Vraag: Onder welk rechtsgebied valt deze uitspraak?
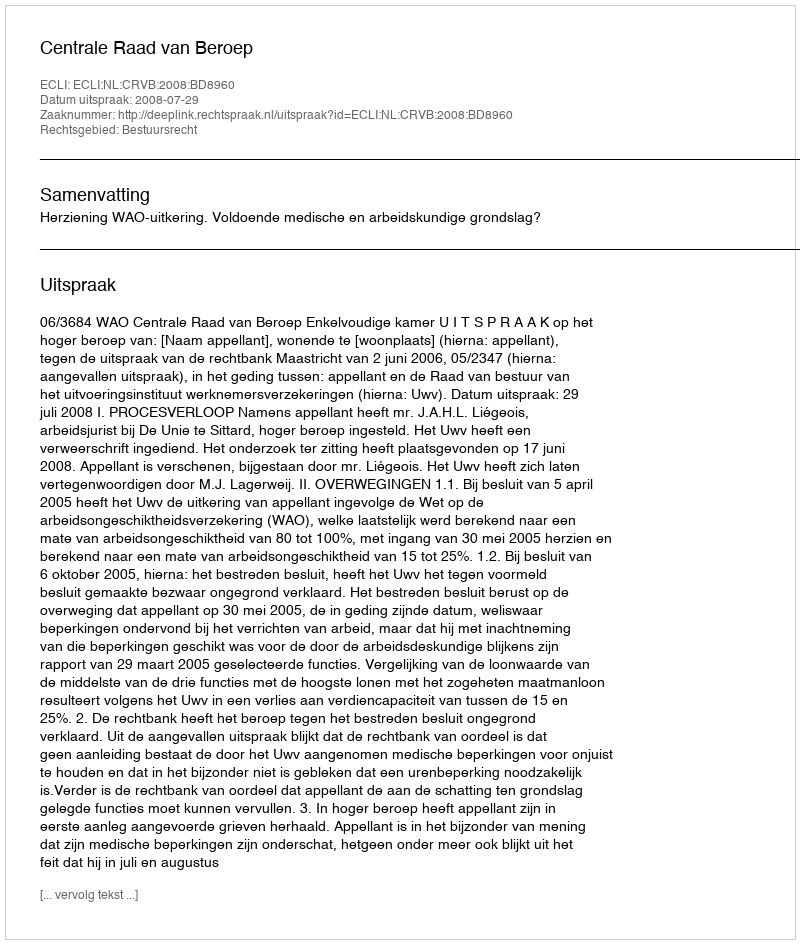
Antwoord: Bestuursrecht